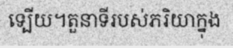
ទ្បើយ។តួនាទីរបស់ភរិយាក្នុង